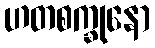
ဟတစက္ခုနော